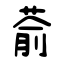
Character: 萮